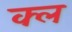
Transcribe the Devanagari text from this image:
क्ल